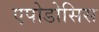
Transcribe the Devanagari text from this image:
एपोडोसिस